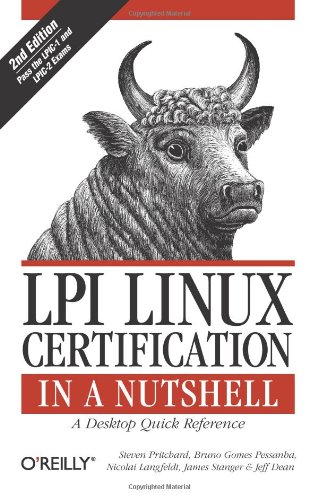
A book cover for LPI Linux Certification in a Nutshell (In a Nutshell (O'Reilly)); Steven Pritchard; Computers & Technology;